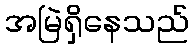
အမြဲရှိနေသည်